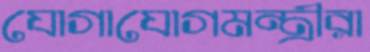
যোগাযোগমন্ত্রীরা